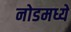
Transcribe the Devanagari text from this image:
नोडमध्ये